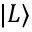
| L \rangle